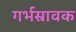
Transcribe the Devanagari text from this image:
गर्भस्रावक